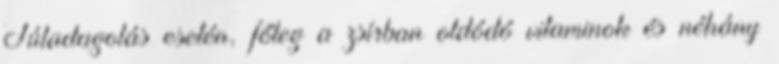
Túladagolás esetén, főleg a zsírban oldódó vitaminok és néhány